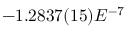
- 1 . 2 8 3 7 ( 1 5 ) E ^ { - 7 }